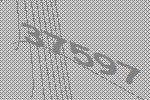
37597